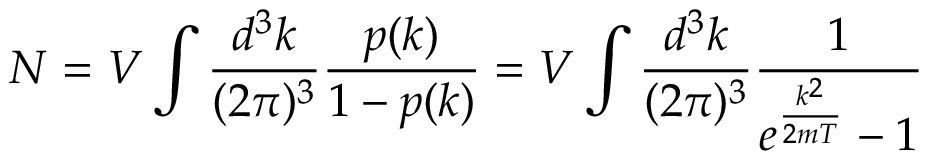
\, N = V \int { \frac { d ^ { 3 } k } { ( 2 \pi ) ^ { 3 } } } { \frac { p ( k ) } { 1 - p ( k ) } } = V \int { \frac { d ^ { 3 } k } { ( 2 \pi ) ^ { 3 } } } { \frac { 1 } { e ^ { \frac { k ^ { 2 } } { 2 m T } } - 1 } }